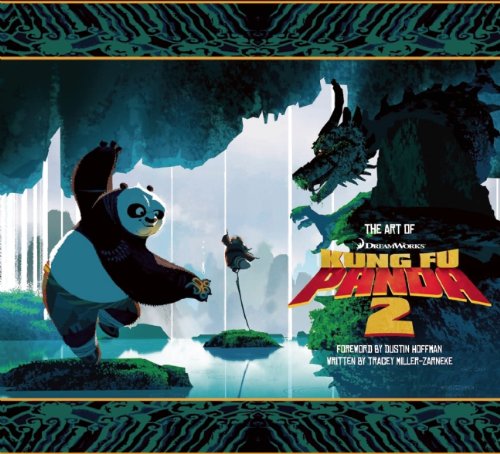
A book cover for The Art of DreamWorks Kung Fu Panda 2; Tracey Miller-Zarneke; Arts & Photography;